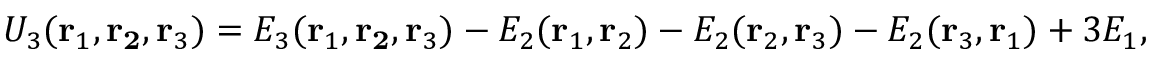
U _ { 3 } ( \mathbf { r } _ { 1 } , \mathbf { r _ { 2 } } , \mathbf { r } _ { 3 } ) = E _ { 3 } ( \mathbf { r } _ { 1 } , \mathbf { r _ { 2 } } , \mathbf { r } _ { 3 } ) - E _ { 2 } ( \mathbf { r } _ { 1 } , \mathbf { r } _ { 2 } ) - E _ { 2 } ( \mathbf { r } _ { 2 } , \mathbf { r } _ { 3 } ) - E _ { 2 } ( \mathbf { r } _ { 3 } , \mathbf { r } _ { 1 } ) + 3 E _ { 1 } ,